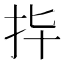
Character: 𢪟